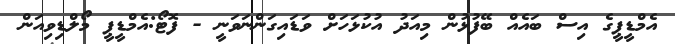
އެމްޑީޕީގެ އިސް ބައެއް ބޭފުޅުން މިއަދު އުކުޅަހަށް ވަޑައިގަންނަވަނީ - ފޮޓޯ:އެމްޑީޕީ މޯލްޑިވިއަން